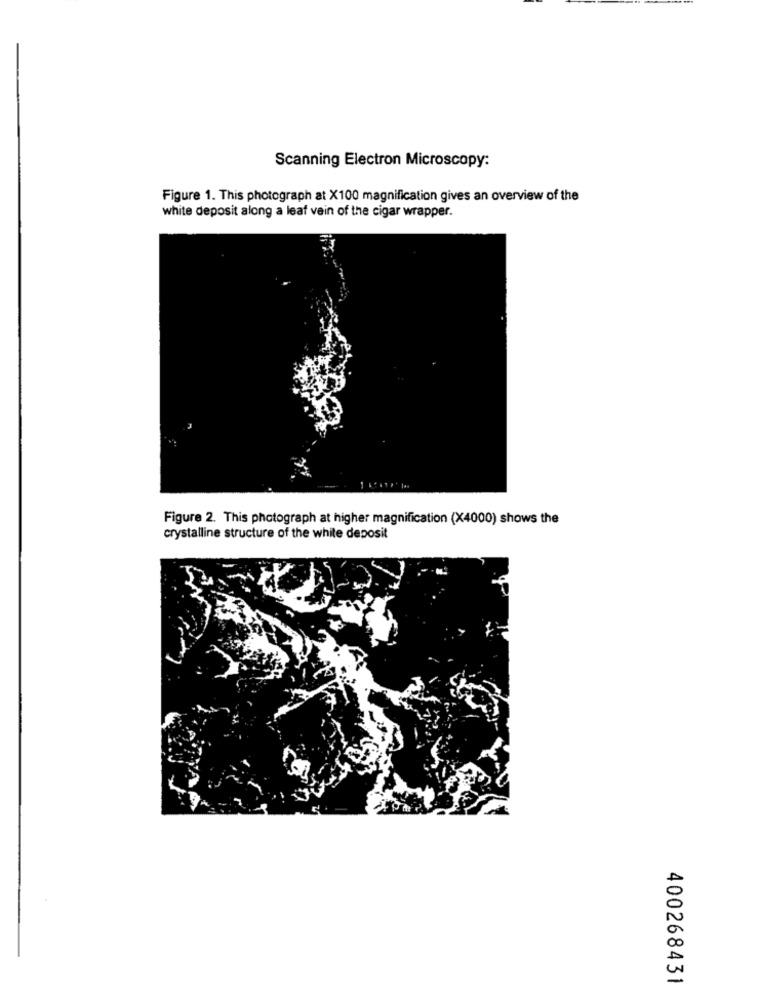
Scanning Electron Microscopy:
Figure 1. This photograph at X100 magnification gives an overview of the
white deposit along a leaf vein of the cigar wrapper.
Figure 2. This photograph at higher magnification (X4000) shows the
crystalline structure of the white deposit
400268431